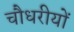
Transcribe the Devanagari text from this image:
चौधरीयों